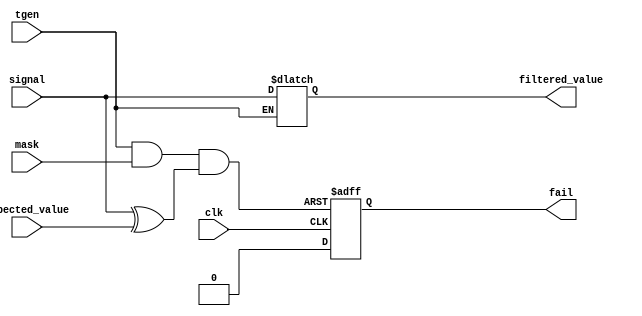
/**********************************************************************/
/*                                                                    */
/*             -------                                                */
/*            /   SOC  \                                              */
/*           /    GEN   \                                             */
/*          /     SIM    \                                            */
/*          ==============                                            */
/*          |            |                                            */
/*          |____________|                                            */
/*                                                                    */
/*  receive tester for timed output signals                           */
/*                                                                    */
/*                                                                    */
/*  Author(s):                                                        */
/*      - John Eaton, jt_eaton@opencores.org                          */
/*                                                                    */
/**********************************************************************/
/*                                                                    */
/*    Copyright (C) <2010>  <Ouabache Design Works>                   */
/*                                                                    */
/*  This source file may be used and distributed without              */
/*  restriction provided that this copyright statement is not         */
/*  removed from the file and that any derivative work contains       */
/*  the original copyright notice and the associated disclaimer.      */
/*                                                                    */
/*  This source file is free software; you can redistribute it        */
/*  and/or modify it under the terms of the GNU Lesser General        */
/*  Public License as published by the Free Software Foundation;      */
/*  either version 2.1 of the License, or (at your option) any        */
/*  later version.                                                    */
/*                                                                    */
/*  This source is distributed in the hope that it will be            */
/*  useful, but WITHOUT ANY WARRANTY; without even the implied        */
/*  warranty of MERCHANTABILITY or FITNESS FOR A PARTICULAR           */
/*  PURPOSE.  See the GNU Lesser General Public License for more      */
/*  details.                                                          */
/*                                                                    */
/*  You should have received a copy of the GNU Lesser General         */
/*  Public License along with this source; if not, download it        */
/*  from http://www.opencores.org/lgpl.shtml                          */
/*                                                                    */
/**********************************************************************/


module timed_tester 
#(parameter WIDTH        = 1)
(
input  wire                       clk,
input  wire  [WIDTH-1:0]          expected_value,
input  wire  [WIDTH-1:0]          mask,
input  wire                       tgen,
input  wire  [WIDTH-1:0]          signal,

output reg   [WIDTH-1:0]          filtered_value,
output reg   [WIDTH:1]            fail
 
);      


 
   
always@(*)
  if(tgen)      filtered_value = signal;
  else          filtered_value = filtered_value;



wire [WIDTH:1] tst_fail; 

assign tst_fail = {WIDTH{tgen}} &  mask & (signal^ expected_value);



generate
   
genvar i;

  for (i = 1 ; i <= WIDTH ; i = i + 1) 
  begin : dummy   
   
  always @(posedge clk or posedge tst_fail[i]) 
  if ( tst_fail[i]  )   fail[i] <= 1'b1;   
  else                  fail[i] <= 1'b0;      

  end
   

endgenerate

   


   
 
endmodule